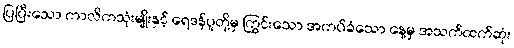
ပြပြီးသော ကာလိကသုံးမျိုးနှင့် ရေဒန်ပူတို့မှ ကြွင်းသော အကပ်ခံသော နေ့မှ အသက်ထက်ဆုံး